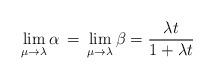
LaTeX: \begin{align*}\lim_{\mu \to \lambda} \alpha \, = \, \lim_{\mu \to \lambda} \beta = \frac{\lambda t}{1+\lambda t}\end{align*}